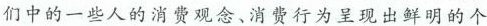
们中的一些人的消费观念、消费行为呈现出鲜明的个